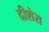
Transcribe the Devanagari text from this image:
दीशेस